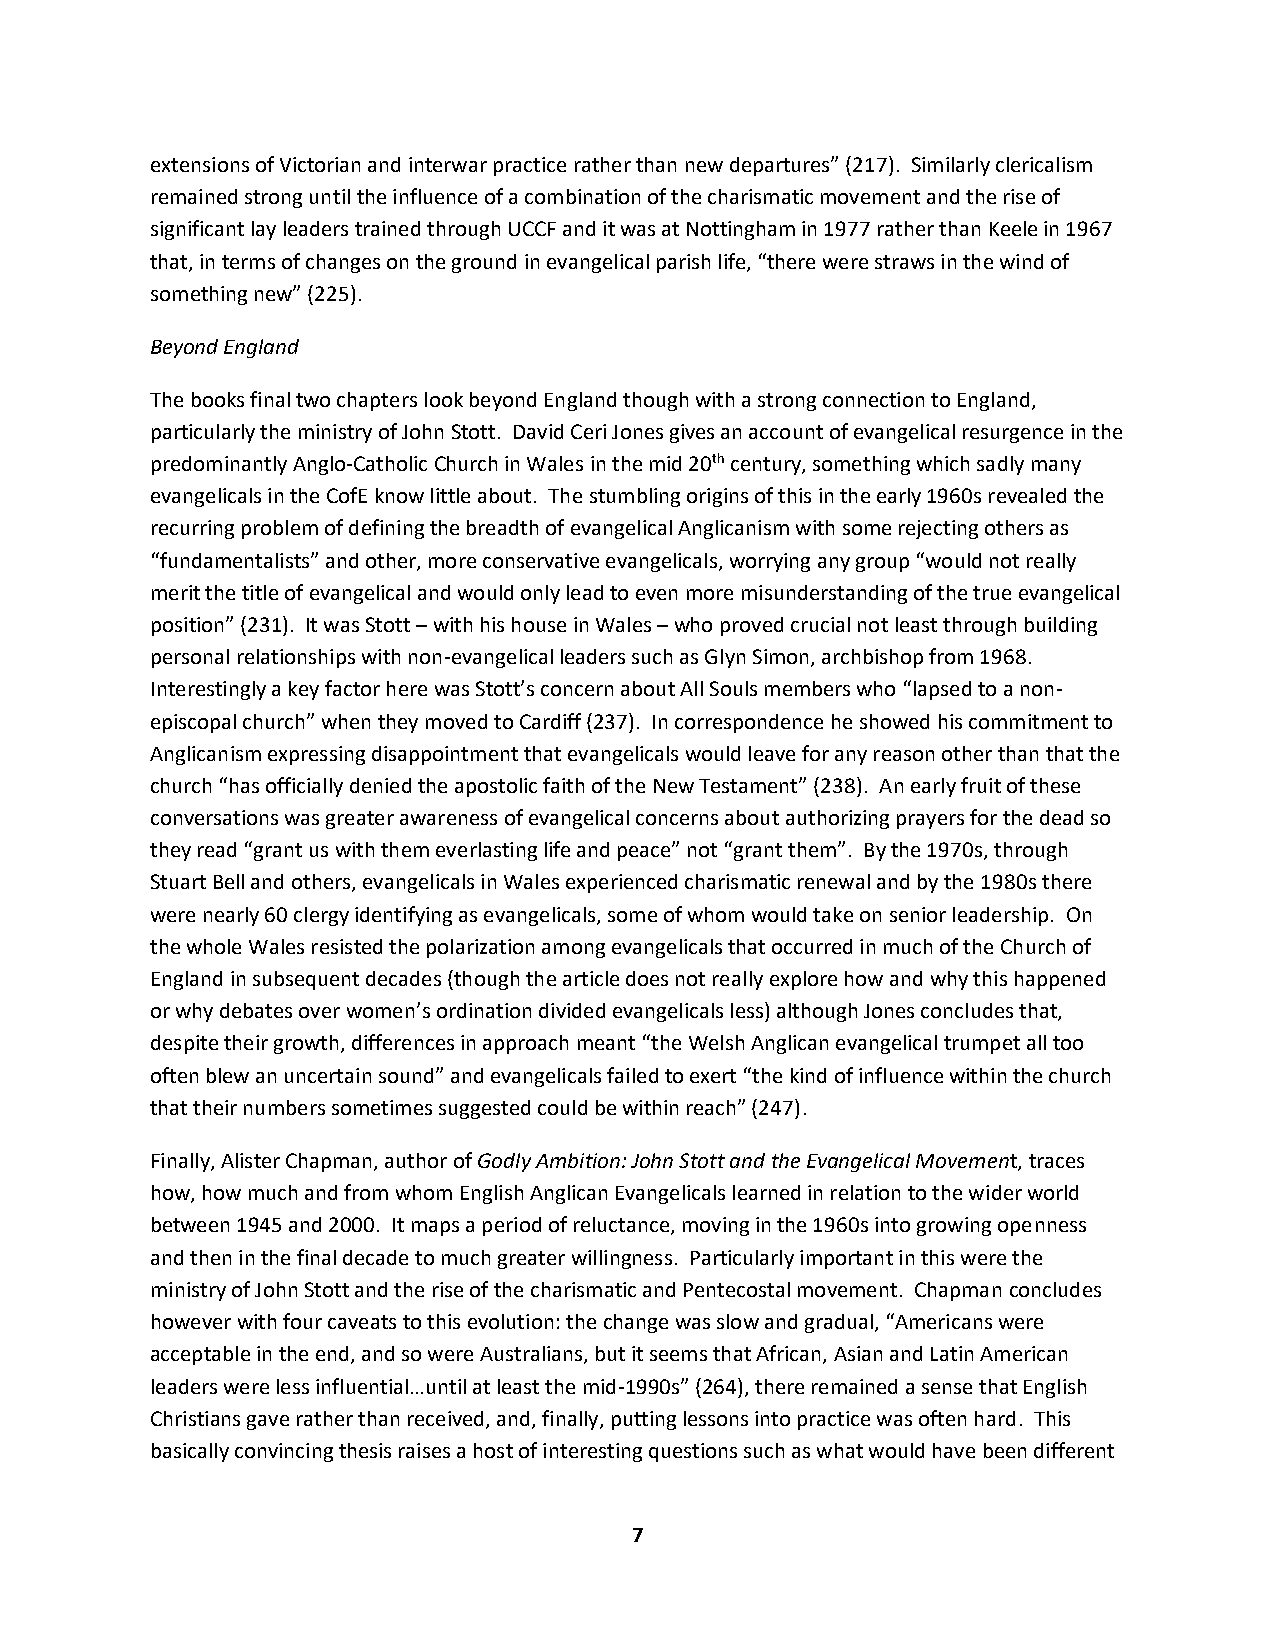
extensions of Victorian and interwar practice rather than new departures” (217). Similarly clericalism
 remained strong until the influence of a combination of the charismatic movement and the rise of
 significant lay leaders trained through UCCF and it was at Nottingham in 1977 rather than Keele in 1967
 that, in terms of changes on the ground in evangelical parish life, “there were straws in the wind of
 something new” (225).
 Beyond England
 The books final two chapters look beyond England though with a strong connection to England,
 particularly the ministry of John Stott. David Ceri Jones gives an account of evangelical resurgence in the
 predominantly Anglo-Catholic Church in Wales in the mid 20th century, something which sadly many
 evangelicals in the CofE know little about. The stumbling origins of this in the early 1960s revealed the
 recurring problem of defining the breadth of evangelical Anglicanism with some rejecting others as
 “fundamentalists” and other, more conservative evangelicals, worrying any group “would not really
 merit the title of evangelical and would only lead to even more misunderstanding of the true evangelical
 position” (231). It was Stott – with his house in Wales – who proved crucial not least through building
 personal relationships with non-evangelical leaders such as Glyn Simon, archbishop from 1968.
 Interestingly a key factor here was Stott’s concern about All Souls members who “lapsed to a non-
 episcopal church” when they moved to Cardiff (237). In correspondence he showed his commitment to
 Anglicanism expressing disappointment that evangelicals would leave for any reason other than that the
 church “has officially denied the apostolic faith of the New Testament” (238). An early fruit of these
 conversations was greater awareness of evangelical concerns about authorizing prayers for the dead so
 they read “grant us with them everlasting life and peace” not “grant them”. By the 1970s, through
 Stuart Bell and others, evangelicals in Wales experienced charismatic renewal and by the 1980s there
 were nearly 60 clergy identifying as evangelicals, some of whom would take on senior leadership. On
 the whole Wales resisted the polarization among evangelicals that occurred in much of the Church of
 England in subsequent decades (though the article does not really explore how and why this happened
 or why debates over women’s ordination divided evangelicals less) although Jones concludes that,
 despite their growth, differences in approach meant “the Welsh Anglican evangelical trumpet all too
 often blew an uncertain sound” and evangelicals failed to exert “the kind of influence within the church
 that their numbers sometimes suggested could be within reach” (247).
 Finally, Alister Chapman, author of Godly Ambition: John Stott and the Evangelical Movement, traces
 how, how much and from whom English Anglican Evangelicals learned in relation to the wider world
 between 1945 and 2000. It maps a period of reluctance, moving in the 1960s into growing openness
 and then in the final decade to much greater willingness. Particularly important in this were the
 ministry of John Stott and the rise of the charismatic and Pentecostal movement. Chapman concludes
 however with four caveats to this evolution: the change was slow and gradual, “Americans were
 acceptable in the end, and so were Australians, but it seems that African, Asian and Latin American
 leaders were less influential…until at least the mid-1990s” (264), there remained a sense that English
 Christians gave rather than received, and, finally, putting lessons into practice was often hard. This
 basically convincing thesis raises a host of interesting questions such as what would have been different
 7